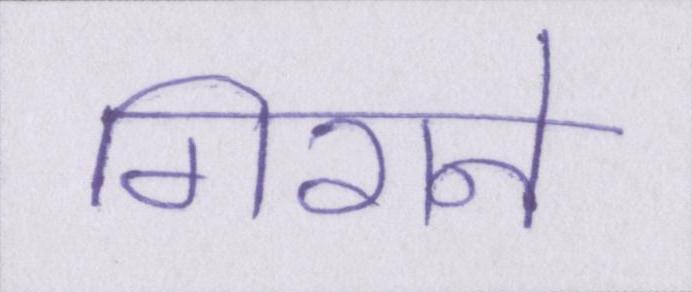
गिराने